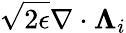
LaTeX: \sqrt{2\epsilon}\nabla\cdot\boldsymbol{\Lambda}_{i}